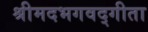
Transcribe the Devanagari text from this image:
श्रीमदभगवद्गीता